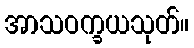
အာသဝက္ခယသုတ်။